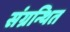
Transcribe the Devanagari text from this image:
संग्रन्थित